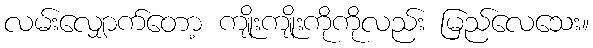
လမ်းလျှောက်တော့ ကျိုးကျိုးကိုကိုလည်း မြည်လေသေး။